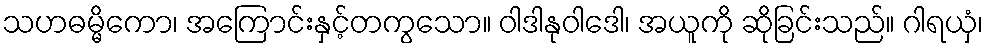
သဟဓမ္မိကော၊ အကြောင်းနှင့်တကွသော။ ဝါဒါနုဝါဒေါ၊ အယူကို ဆိုခြင်းသည်။ ဂါရယှံ၊